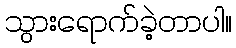
သွားရောက်ခဲ့တာပါ။